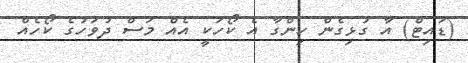
(ޑައިޓް) އާ ގުޅިގެން ހިންގާ އެ ކޯހަކީ އެއް މަސް ދުވަހުގެ ކޯހެއް